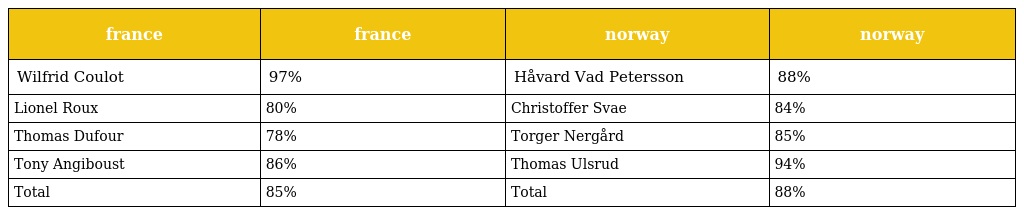
| france | france | norway | norway |
 | --- | --- | --- | --- |
 | Wilfrid Coulot | 97% | Håvard Vad Petersson | 88% |
 | Lionel Roux | 80% | Christoffer Svae | 84% |
 | Thomas Dufour | 78% | Torger Nergård | 85% |
 | Tony Angiboust | 86% | Thomas Ulsrud | 94% |
 | Total | 85% | Total | 88% |